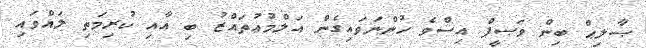
ޞާލިޙް ބިން ވަޞީފް އިސްވެ ހުންނަވައިގެން އަލްމުޢުތައްޒު ބި އާއި ކުރިމަތި ލައްވައި